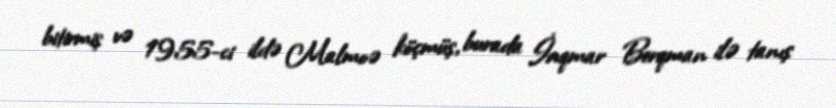
bitirmiş və 1955-ci ildə Malmoə köçmüş, burada İnqmar Berqman ilə tanış